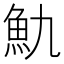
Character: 𩵍